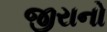
જીરાનો